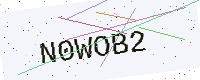
Text: N0WOB2